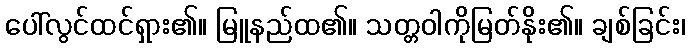
ပေါ်လွင်ထင်ရှား၏။ မြူနည်ထ၏။ သတ္တဝါကိုမြတ်နိုး၏။ ချစ်ခြင်း၊